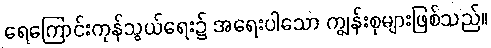
ရေကြောင်းကုန်သွယ်ရေး၌ အရေးပါသော ကျွန်းစုများဖြစ်သည်။